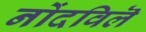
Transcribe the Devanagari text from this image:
नोंदविलॆ